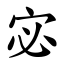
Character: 宓